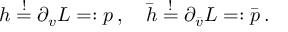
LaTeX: h \stackrel { ! } { = } \partial _ { v } { \cal L } = : p \, , \quad \bar { h } \stackrel { ! } { = } \partial _ { \bar { v } } { \cal L } = : \bar { p } \, .